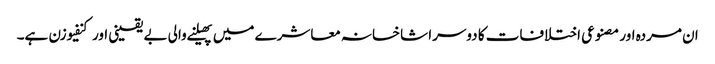
ان مردہ اور مصنوعی اختلافات کا دوسرا شاخسانہ معاشرے میں پھیلنے والی بے یقینی اور کنفیوزن ہے۔